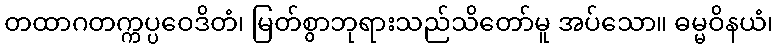
တထာဂတက္ကပ္ပဝေဒိတံ၊ မြတ်စွာဘုရားသည်သိတော်မူ အပ်သော။ ဓမ္မဝိနယံ၊